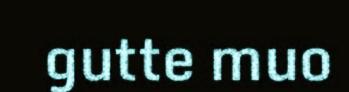
gutte muo